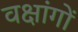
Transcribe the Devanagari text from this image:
वक्षांगों